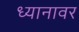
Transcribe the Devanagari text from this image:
ध्यानावर